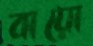
বায়ো